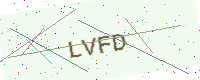
Text: LVFD